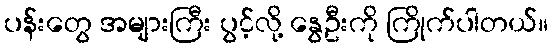
ပန်းတွေ အများကြီး ပွင့်လို့ နွေဦးကို ကြိုက်ပါတယ်။